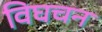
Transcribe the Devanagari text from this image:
विघचन